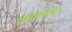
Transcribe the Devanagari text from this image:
शाळामोहीम